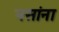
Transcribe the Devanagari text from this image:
नसांना